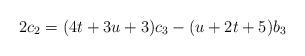
LaTeX: \begin{align*}& 2c_2=(4t+3u+3)c_3-(u+2t+5)b_3\end{align*}